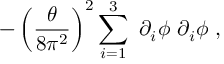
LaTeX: - \left( \frac { \theta } { 8 \pi ^ { 2 } } \right) ^ { 2 } \sum _ { i = 1 } ^ { 3 } \, \, \partial _ { i } \phi \, \, \partial _ { i } \phi ~ ,